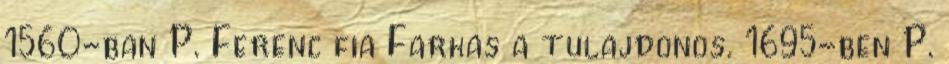
1560-ban P. Ferenc fia Farkas a tulajdonos. 1695-ben P.